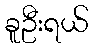
ခူဦးရယ်